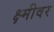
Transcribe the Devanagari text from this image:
क्ष्मीवर